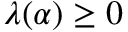
\lambda ( \alpha ) \geq 0